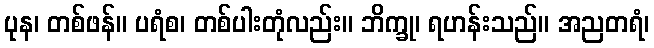
ပုန၊ တစ်ဖန်။ ပရံစ၊ တစ်ပါးတုံလည်း။ ဘိက္ခု၊ ရဟန်းသည်။ အညတရံ၊